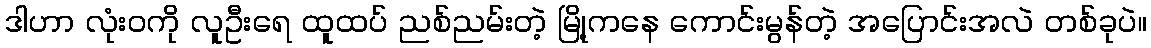
ဒါဟာ လုံးဝကို လူဦးရေ ထူထပ် ညစ်ညမ်းတဲ့ မြို့ကနေ ကောင်းမွန်တဲ့ အပြောင်းအလဲ တစ်ခုပဲ။